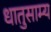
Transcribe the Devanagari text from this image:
धातुसाम्य